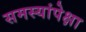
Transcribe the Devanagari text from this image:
समस्यांपेक्षा